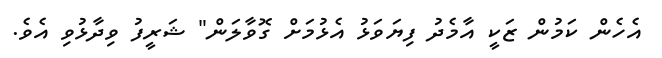
އެހެން ކަމުން ޒަކީ އާމެދު ފިޔަވަޅު އެޅުމަށް ގޮވާލަން" ޝަރީފު ވިދާޅުވި އެވެ.